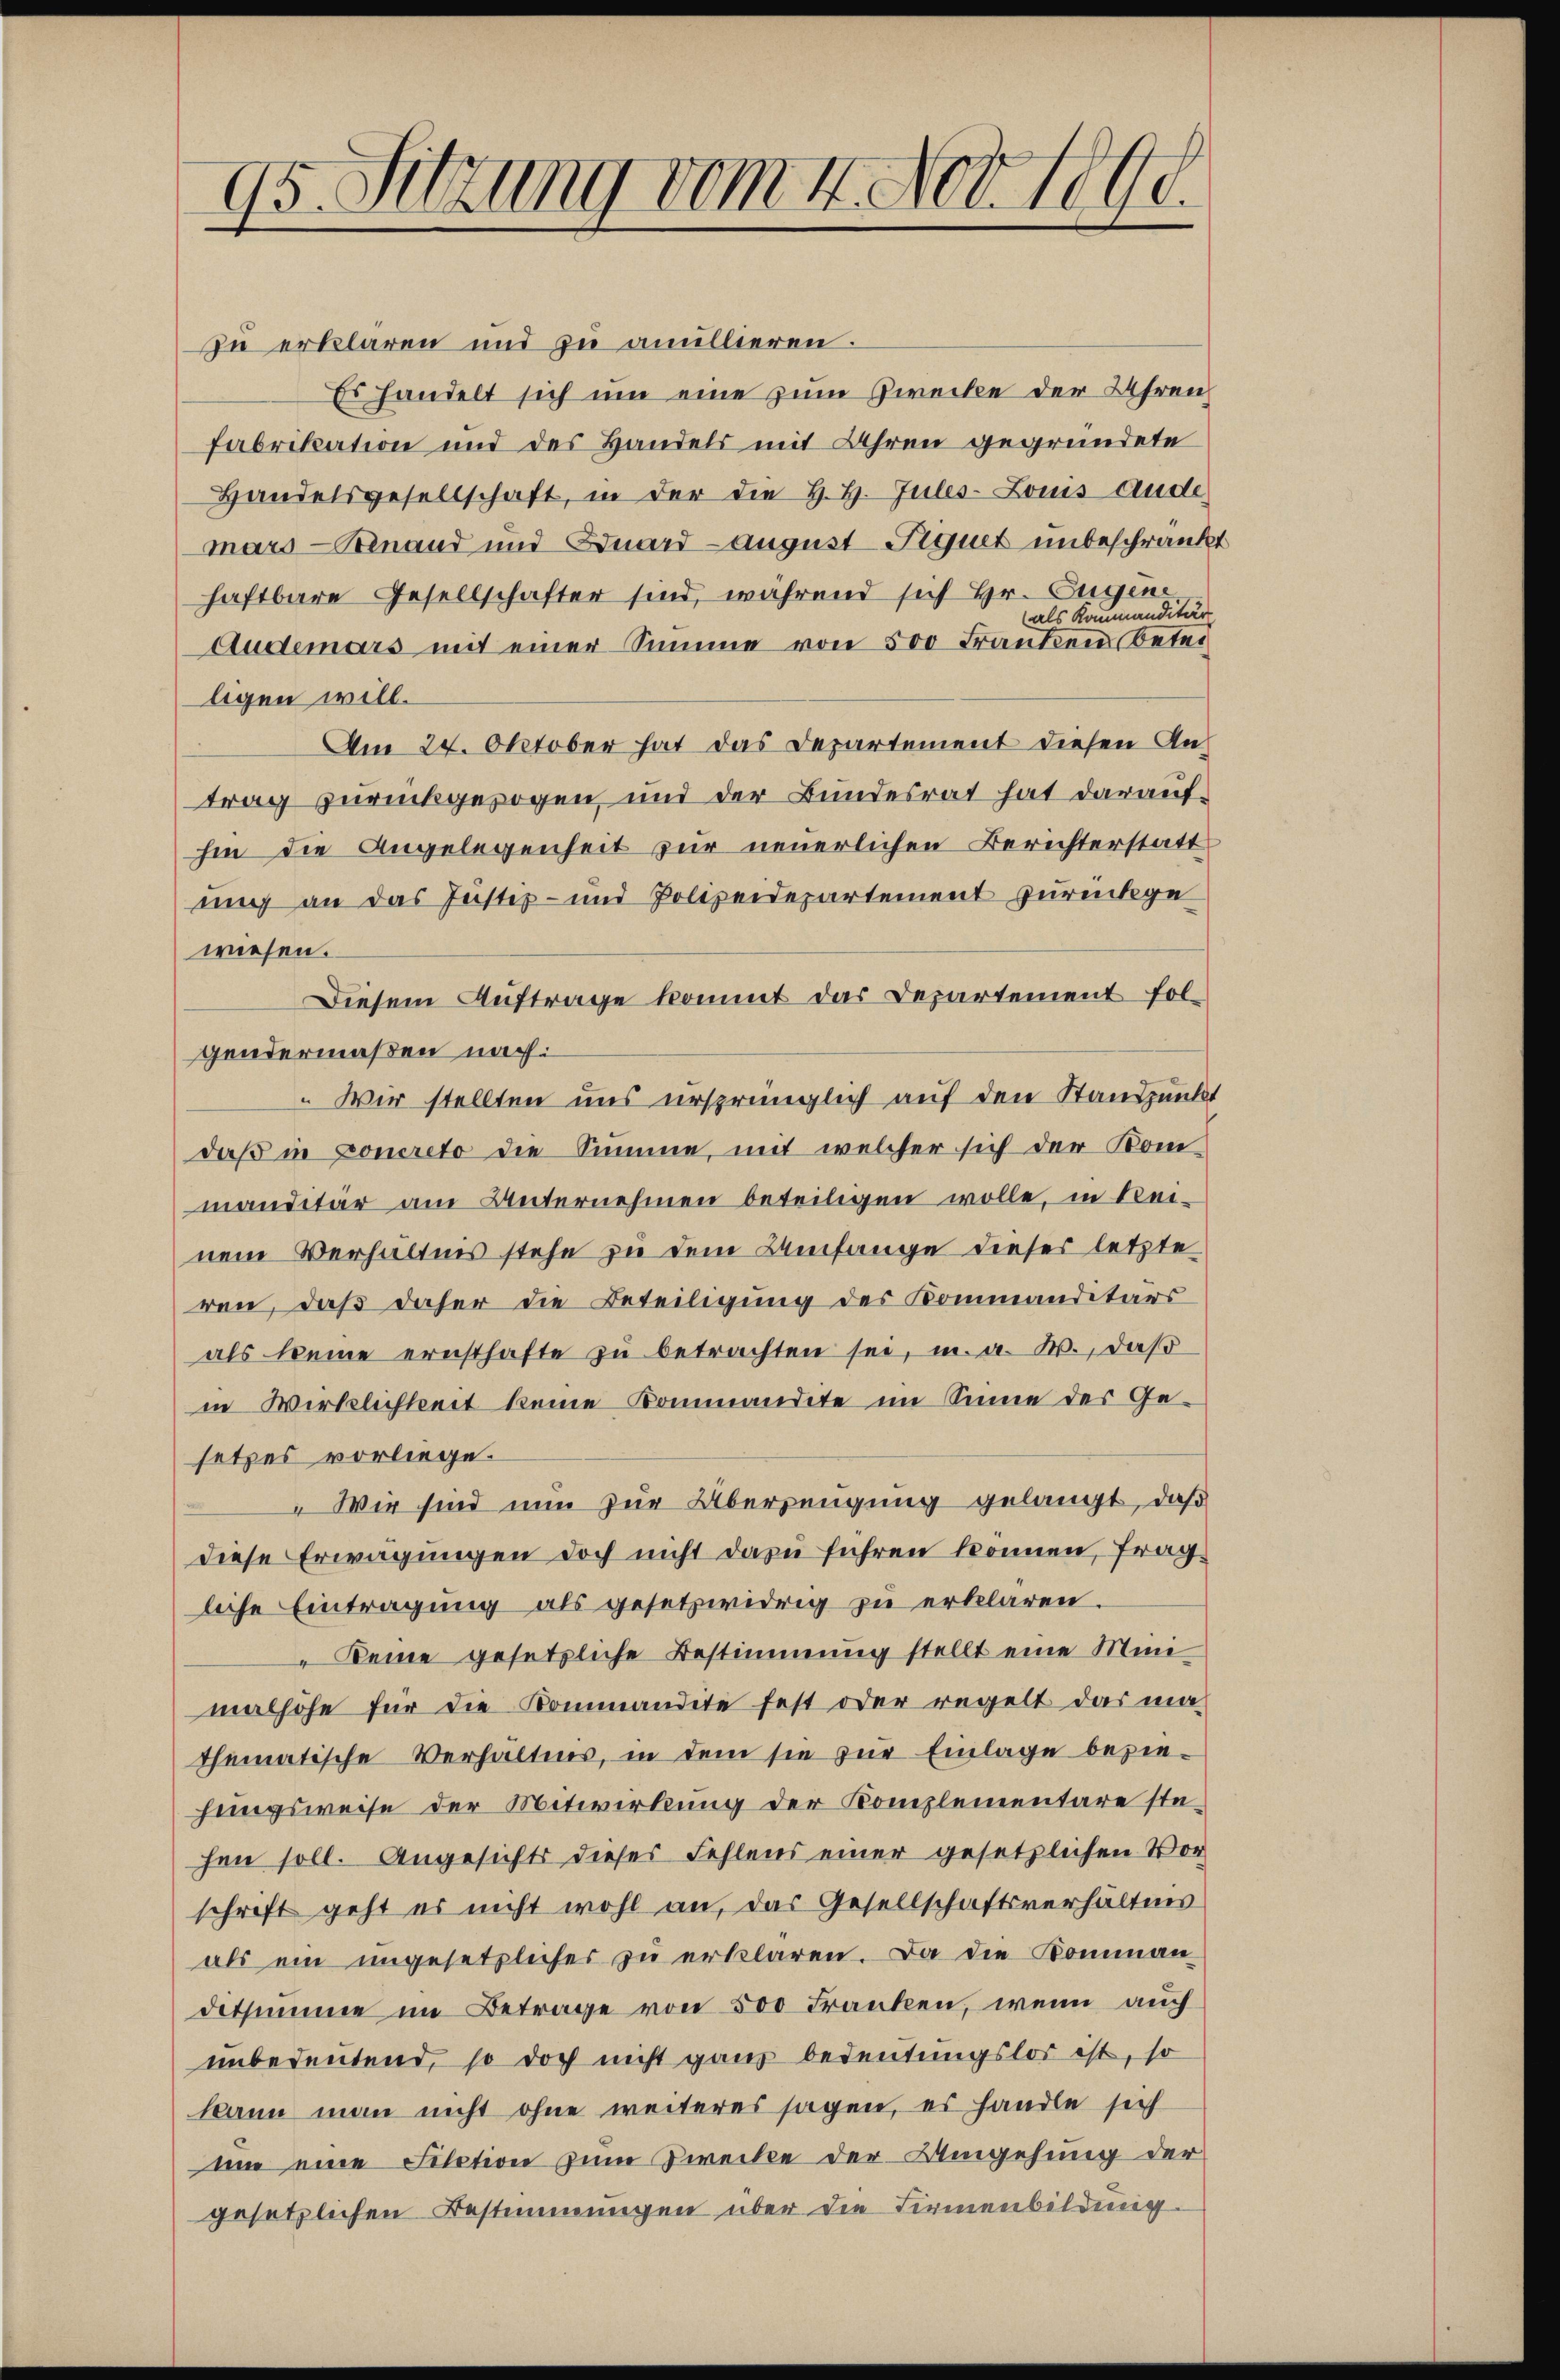
95. Sitzung vom 4. Nov. 1890.

zu erklären und zu anullieren.
Es handelt sich um eine zum Zwecke der Uhren
fabrikation und des Handels mit Uhren gegründete
Handelsgesellschaft, in der die H. H. Jules-Louis ande
mars Sinand und Duard-August Figuet unbeschränkt
haftbare Gesellschafter sind, während sich Hr. Eugen
als Kommanditär
Audemars mit einer Summe von 500 Franken Beteiligen will.
Am 24. Oktober hat das Departement diesen Antrag zurückgezogen und der Bundesrat hat daraufhin die Angelegenheit zur neuerlichen Berichterstatt
ung an das Justiz- und Polizeidepartement zurückge
wiesen.
Diesem Auftrage kommt das Departement folgendermaßen nach:
Wir stellten uns ursprünglich auf den Standpunkt
daß in concreto die Summe, mit welcher sich der Kom-
manditär am Unternehmen beteiligen wolle, in Rei-
nem Verhältnis stehe zu dem Umfange dieser letzte
ren, daß daher die Beteiligung des Kommanditärs
als keine ernsthafte zŭ betrachten sei, u. a. W., daß
in Wirklichkeit keine Kommandite im Sinne des Ge-
setzes vorliege.
 Wir sind nun zur Überzeugung gelangt, daß
diese Erwägungen doch nicht dazu führen können, frag
liche Eintragung als gesetzwidrig zu erklären.
" keine gesetzliche Bestimmung stellt eine Mini
malhöhe für die Kommandite fest oder regelt das ma-
thematische Verhältnis, in dem sie zur Einlage bezie-
hungsweise der Mitwirkung der Komplementare stehen soll. Angesichts dieses Fehlens einer gesetzlichen Vor
schrift geht es nicht wohl an, das Gesellschaftsverhältnis
als ein ungesetzlicher zu erklären. Da die Komman
detsumme im Betrage von 500 Franken, wenn auch
unbedeutend, so doch nicht ganz bedeutungslos ist, so
kann man nicht ohne weiteres sagen, es handle sich
um eine Filation zum Zwecke der Umgehung der
gesetzlichen Bestimmungen über die Firmenbildung.